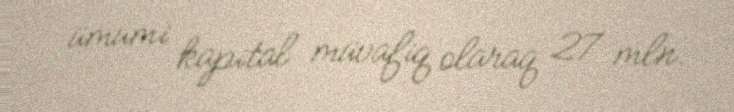
ümumi kapital müvafiq olaraq 27 mln.